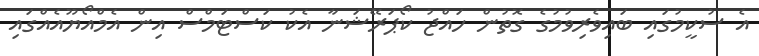
އެ ސުކީމުގައި ބައިވެރިވުމުގެ ގޮތުން ހައްޖު ކޯޕަރޭޝަނާ އެކު ކަސްޓަމްސް އިން އެމްއޯޔޫއެއްގައި